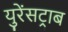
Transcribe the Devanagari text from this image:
युरेंसट्राब